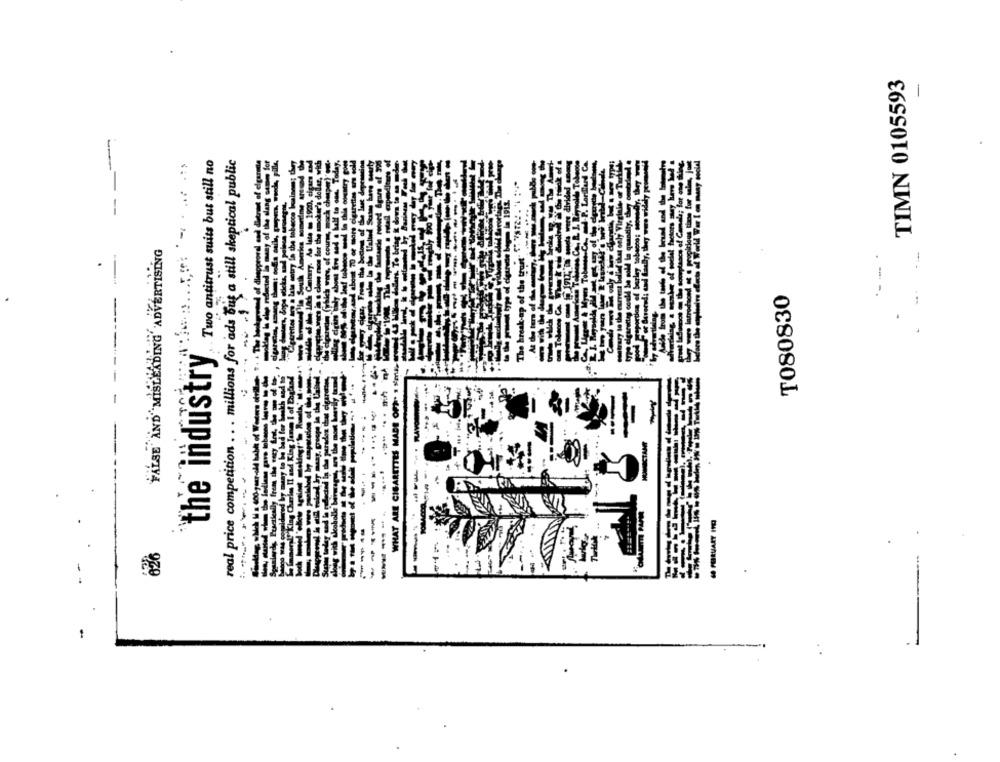
TIMN 0105593
-
Two antitrust suits but still no
real price competition .. . millions for ads But a still skeptical public
--
FALSE AND MISLEADING ADVERTISING
T080830
the industry
WHAT ARE CIGARETTES MADE OFP. 1 S'ml
-----
----
626